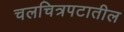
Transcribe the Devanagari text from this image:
चलचित्रपटातील